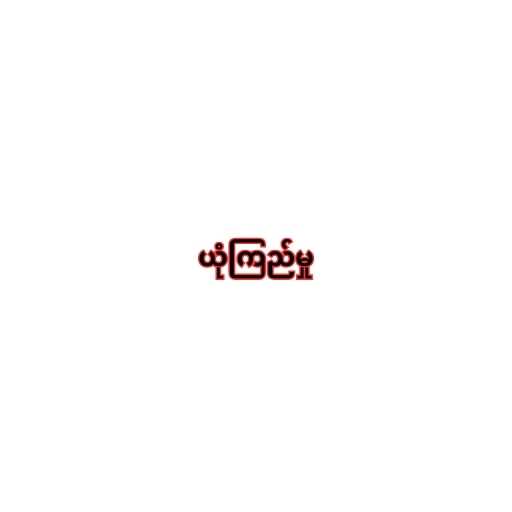
ယုံကြည်မှု